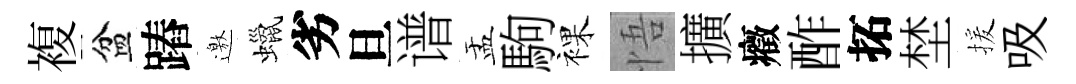
複盆蹖邀蠟劣旦谱盂駒裸悟擴癥酢拓埜援吸